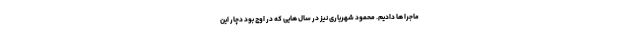
ماجرا ها دادیم. محمود شهریاری نیز در سال هایی که در اوج بود دچار این